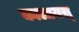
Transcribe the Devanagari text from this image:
कालायस्